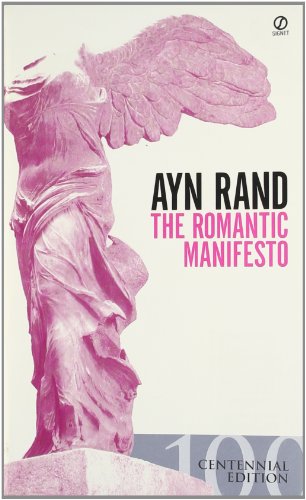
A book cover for The Romantic Manifesto: A Philosophy of Literature; Revised Edition (Signet Shakespeare); Ayn Rand; Politics & Social Sciences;